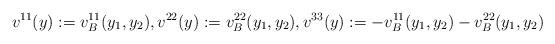
LaTeX: \begin{align*}v^{11}(y) := v^{11}_B(y_1,y_2),v^{22}(y) := v^{22}_B(y_1,y_2),v^{33}(y) := -v^{11}_B(y_1,y_2)-v^{22}_B(y_1,y_2)\end{align*}